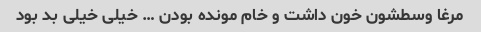
مرغا وسطشون خون داشت و خام مونده بودن … خیلی خیلی بد بود